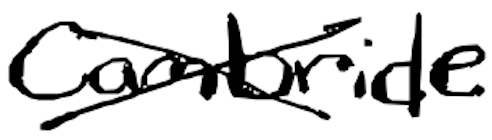
Text: Cambridge
Cross-out: cross
Writing tool: digital_black